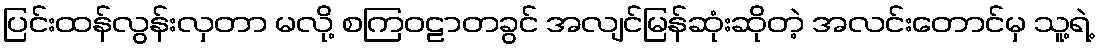
ပြင်းထန်လွန်းလှတာ မလို့ စကြဝဠာတခွင် အလျင်မြန်ဆုံးဆိုတဲ့ အလင်းတောင်မှ သူ့ရဲ့